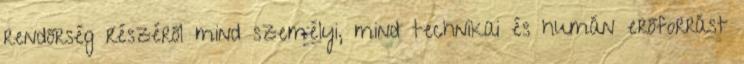
rendőrség részéről mind személyi, mind technikai és humán erőforrást